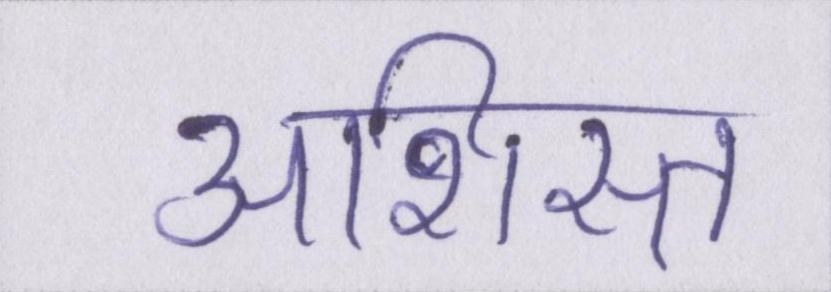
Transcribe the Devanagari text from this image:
अशिस्त